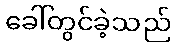
ခေါ်တွင်ခဲ့သည်